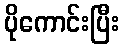
ပိုကောင်းပြီး